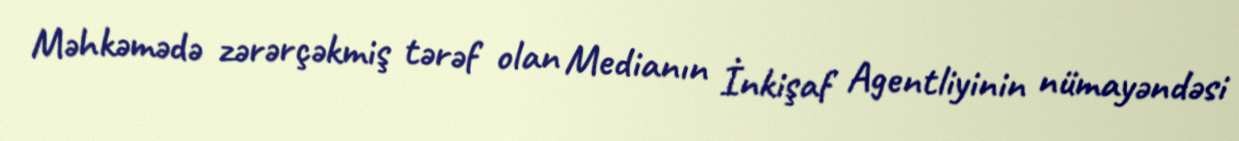
Məhkəmədə zərərçəkmiş tərəf olan Medianın İnkişaf Agentliyinin nümayəndəsi